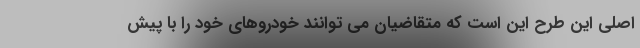
اصلی این طرح این است که متقاضیان می توانند خودروهای خود را با پیش